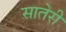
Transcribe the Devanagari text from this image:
सातेरी